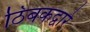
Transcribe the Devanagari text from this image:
ठिबकद्वारे